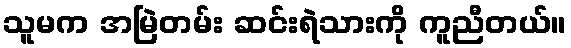
သူမက အမြဲတမ်း ဆင်းရဲသားကို ကူညီတယ်။